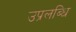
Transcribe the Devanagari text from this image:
उप्रलब्धि